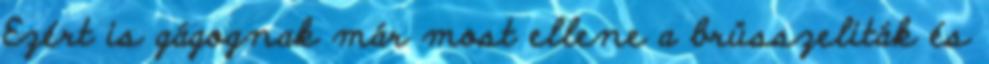
Ezért is gágognak már most ellene a brüsszeliták és